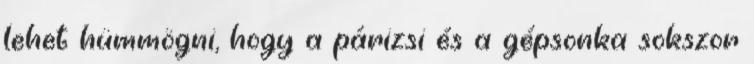
lehet hümmögni, hogy a párizsi és a gépsonka sokszor